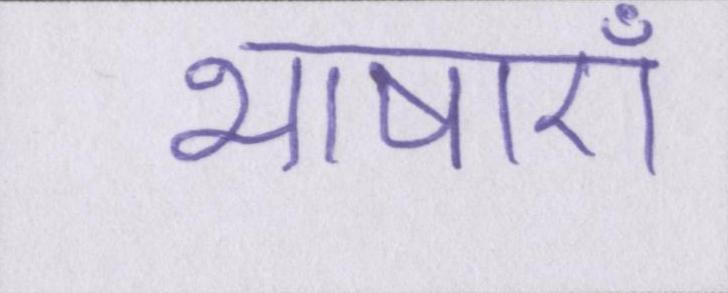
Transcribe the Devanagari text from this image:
भाषाएँ